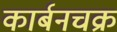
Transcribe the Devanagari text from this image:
कार्बनचक्र